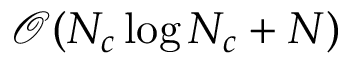
\mathscr { O } ( N _ { c } \log N _ { c } + N )